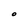
Character: O